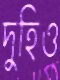
দুহিও